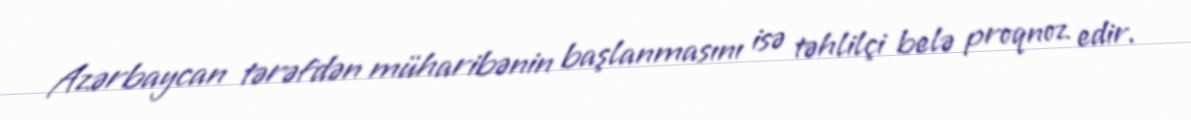
Azərbaycan tərəfdən müharibənin başlanmasını isə təhlilçi belə proqnoz edir.